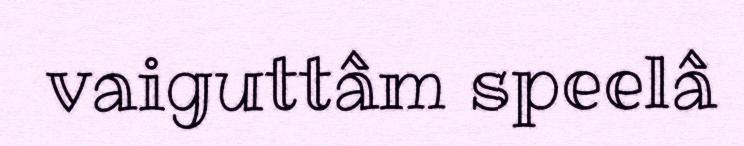
vaiguttâm speelâ